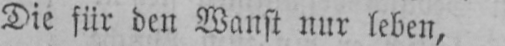
Die für den Wanst nur leben,